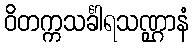
ဝိတက္ကသင်္ခါရသဏ္ဌာနံ